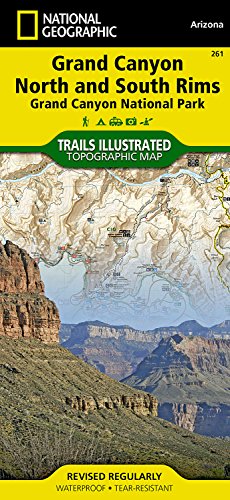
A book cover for Grand Canyon, North and South Rims [Grand Canyon National Park] (National Geographic Trails Illustrated Map); National Geographic Maps - Trails Illustrated; Travel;